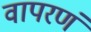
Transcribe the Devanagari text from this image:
वापरणं